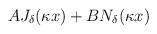
LaTeX: \begin{align*}AJ_\delta(\kappa x )+BN_\delta(\kappa x )\end{align*}